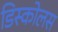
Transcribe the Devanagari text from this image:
डिस्कोलस